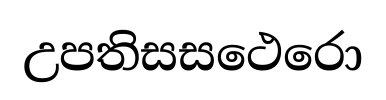
උපතිසසථෙරො